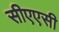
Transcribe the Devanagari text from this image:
सीएएसी